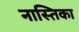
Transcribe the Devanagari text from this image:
नास्तिका